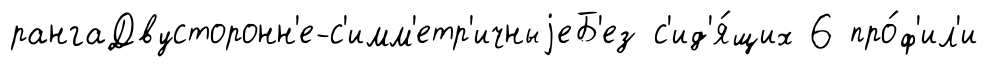
рангаДвусторонн'е-с'имм'етр'ичныjеБ'ез с'ид'я́щих 6 про́ф'ил'и